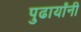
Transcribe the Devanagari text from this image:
पुढार्यांनी